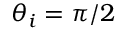
\theta _ { i } = \pi / 2